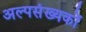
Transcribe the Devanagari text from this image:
अल्पसंख्यकोँ